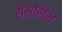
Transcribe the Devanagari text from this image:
रॉसलिन